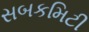
સબકમિટી